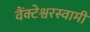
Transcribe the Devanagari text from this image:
वैंक्टेश्वरस्वामी